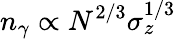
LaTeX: n_{\gamma}\propto N^{2/3}\sigma_{z}^{1/3}